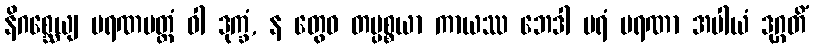
နိဂစ္ဆေယျ မရဏမတ္တံ ဝါ ဒုက္ခံ, န တွေဝ တပ္ပစ္စယာ ကာယဿ ဘေဒါ ပရံ မရဏာ အပါယံ ဒုဂ္ဂတိံ